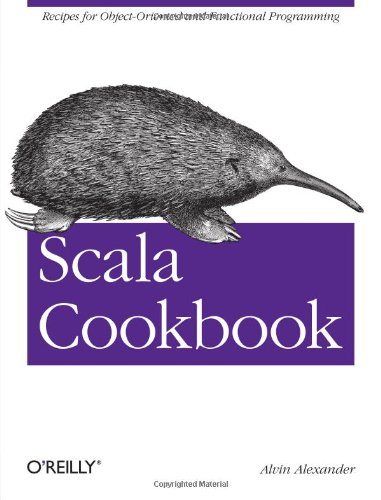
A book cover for Scala Cookbook: Recipes for Object-Oriented and Functional Programming; Alvin Alexander; Computers & Technology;